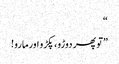
“
”تو پھر دوڑو،پکڑو اورمارو!